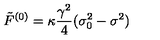
\tilde { F } ^ { ( 0 ) } = \kappa \frac { \gamma ^ { 2 } } { 4 } ( \sigma _ { 0 } ^ { 2 } - \sigma ^ { 2 } )